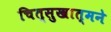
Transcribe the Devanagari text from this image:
चित्सुखात्मने